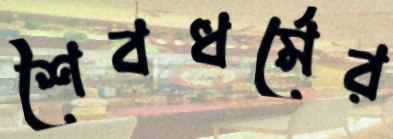
শৈবধর্মের